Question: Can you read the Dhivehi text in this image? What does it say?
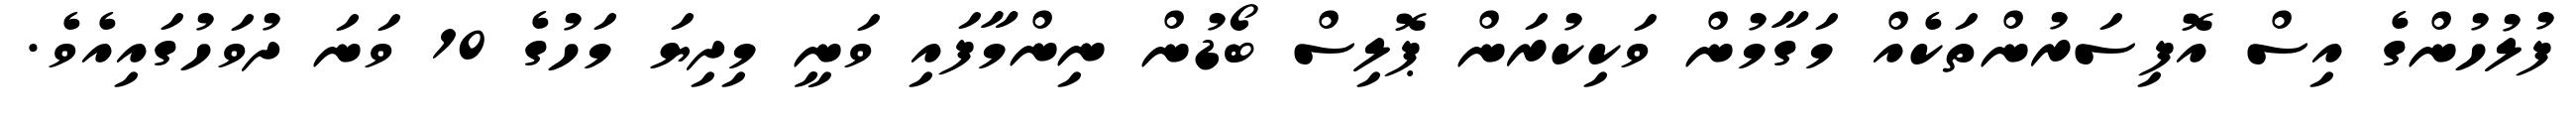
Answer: ފުލުހުންގެ އިސް އޮފިސަރުންތަކެއް މަގާމުން ވަކިކުރަން ޕޮލިސް ބޯޑުން ނިންމާފައި ވަނީ މިދިޔަ މަހުގެ 10 ވަނަ ދުވަހުގައިއެވެ.